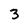
Character: 3